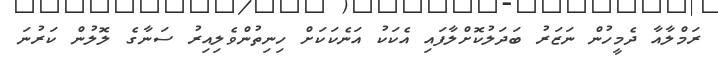
ރަމްލާއާ ދެމީހުން ނަޒަރު ބަދަލުކޮށްލާފައި އެކަކު އަނެކަކަށް ހިނިތުންވެލިއިރު ސަނާގެ ލޮލުން ކަރުނަ